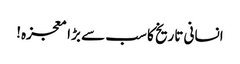
انسانی تاریخ کا سب سے بڑا معجزہ!